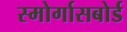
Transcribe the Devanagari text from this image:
स्मोर्गासबोर्ड